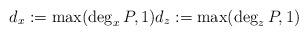
LaTeX: \begin{align*} d_x := \max(\deg_x P, 1) d_z := \max(\deg_z P, 1) \end{align*}